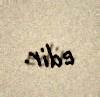
edir.